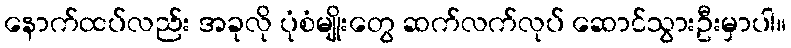
နောက်ထပ်လည်း အခုလို ပုံစံမျိုးတွေ ဆက်လက်လုပ် ဆောင်သွားဦးမှာပါ။